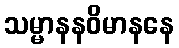
သမ္မာနနဝိမာနနေ